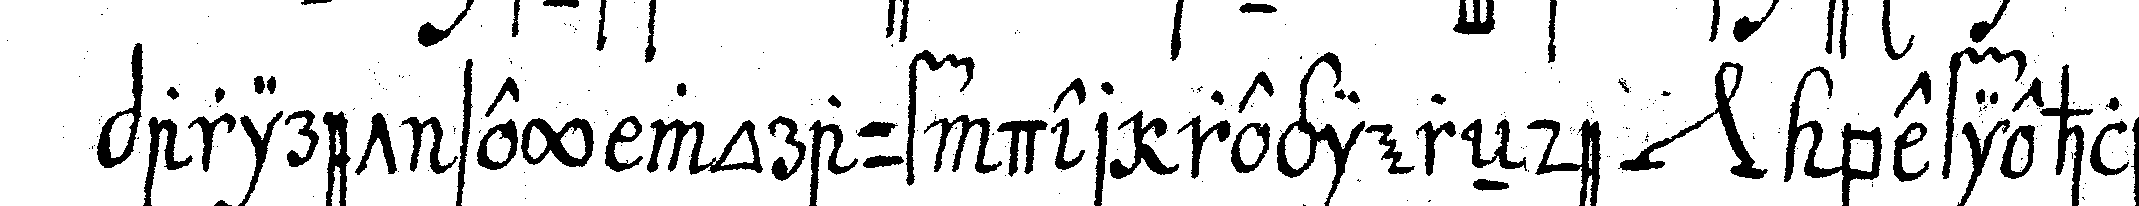
pariret sey worauf der regiereNde *nee* befiehlet